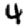
Digit: 4